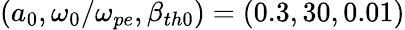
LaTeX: (a_{0},\omega_{0}/\omega_{pe},\beta_{th0})=(0.3,30,0.01)